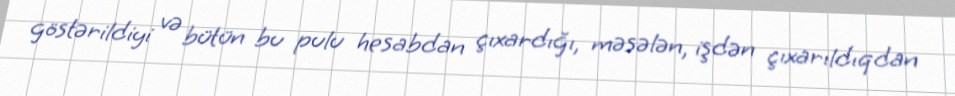
göstərildiyi və bütün bu pulu hesabdan çıxardığı, məsələn, işdən çıxarıldıqdan